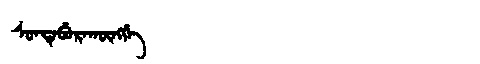
Manchu: ᠰᡠᠨᡨᡝᠪᡠᡵᠠᡴᡡᠩᡤᡝ
Romanization: SUNTEBURAKŪNGGE